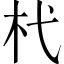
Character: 杙